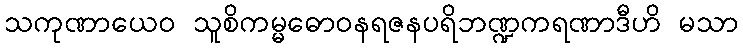
သကုဏာယေဝ သူစိကမ္မဓောဝနရဇနပရိဘဏ္ဍကရဏာဒီဟိ မသာ